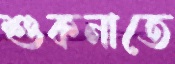
শুকনাতে